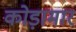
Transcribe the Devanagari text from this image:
कोड़ामार